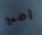
أمي